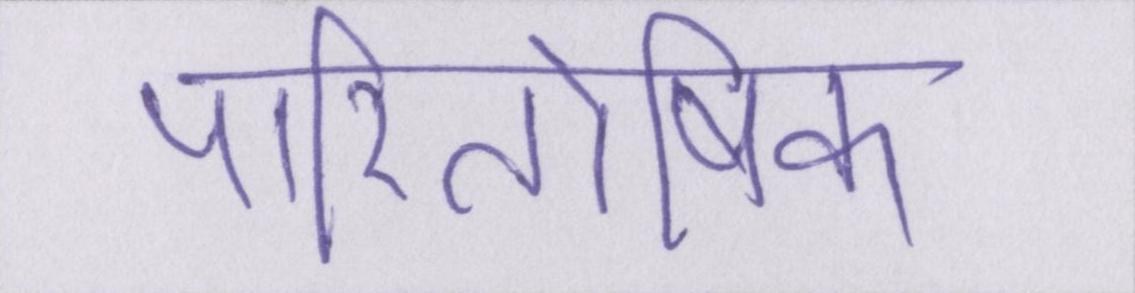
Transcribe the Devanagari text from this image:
पारितोषिक